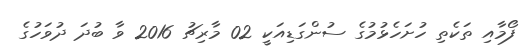
ފޯމާއި ތަކެތި ހުށަހެޅުމުގެ ސުންގަޑިއަކީ 02 މާރިޗު 2016 ވާ ބުދަ ދުވަހުގެ